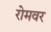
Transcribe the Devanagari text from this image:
रोमवर